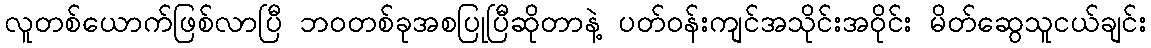
လူတစ်ယောက်ဖြစ်လာပြီ ဘဝတစ်ခုအစပြုပြီဆိုတာနဲ့ ပတ်ဝန်းကျင်အသိုင်းအဝိုင်း မိတ်ဆွေသူငယ်ချင်း